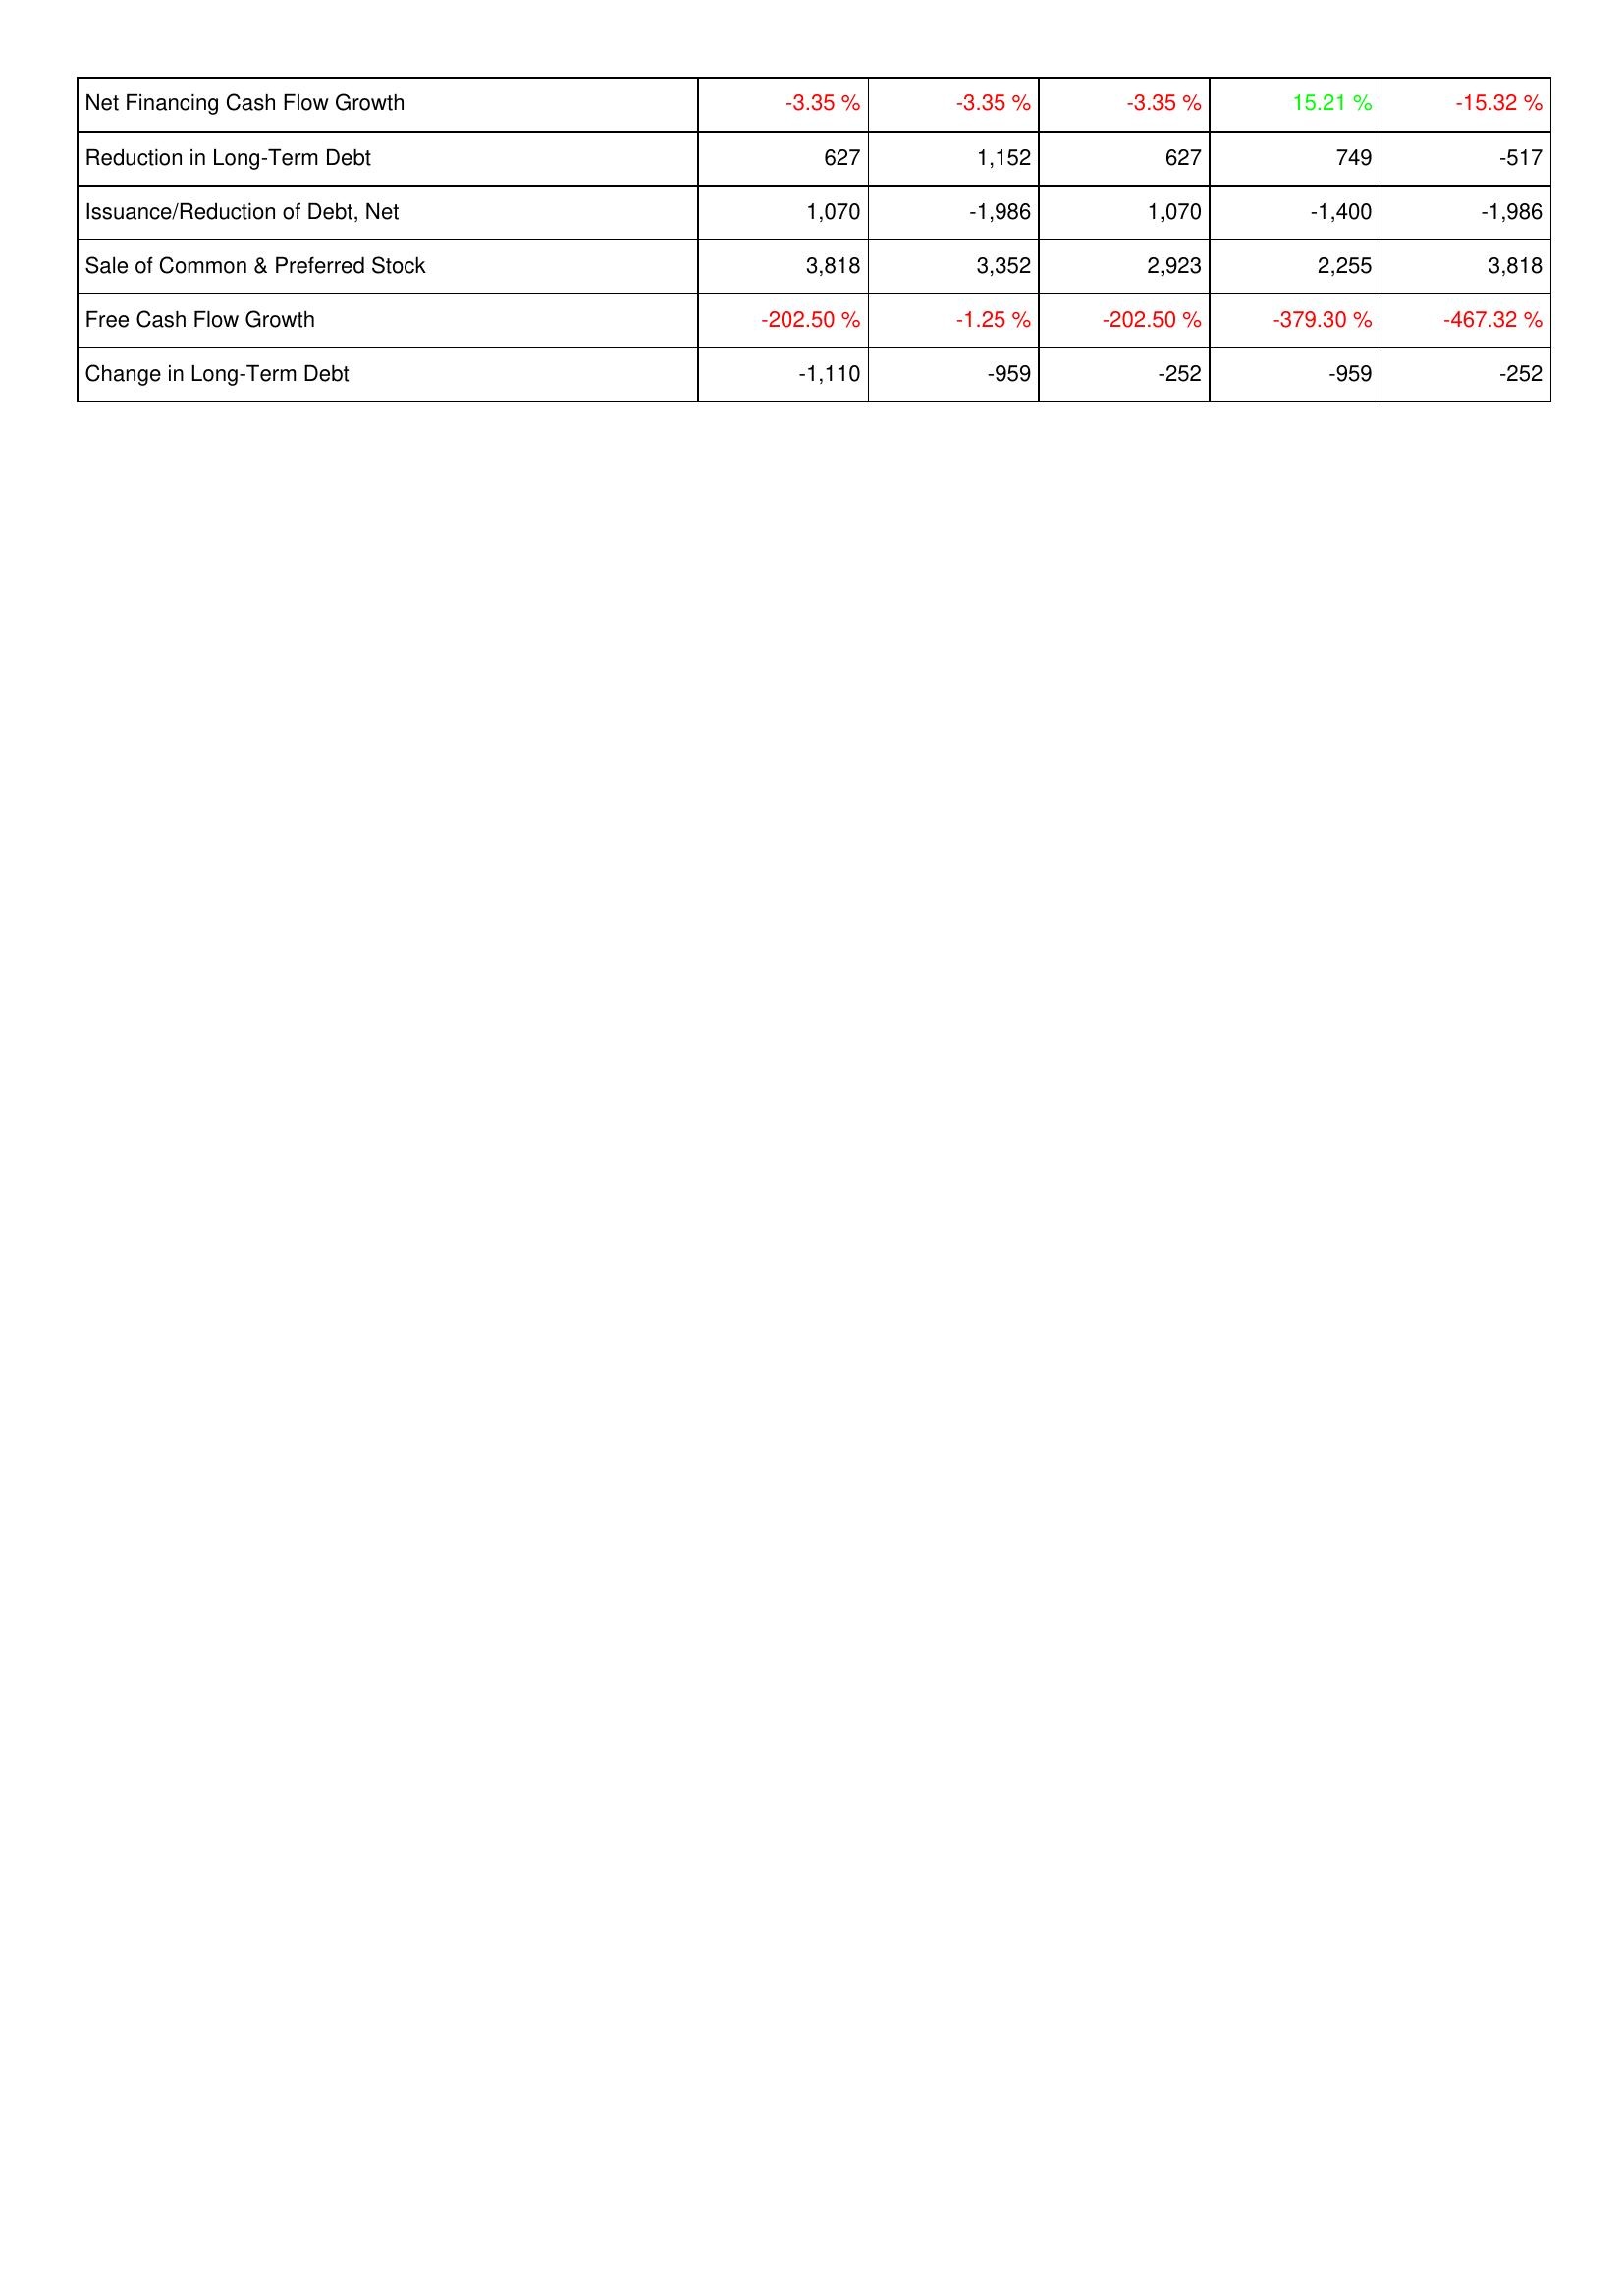
2017: Financing Activities: Net Financing Cash Flow Growth: -3.35 %
Reduction in Long-Term Debt: 627
Issuance/Reduction of Debt, Net: 1,070
Sale of Common & Preferred Stock: 3,818
Free Cash Flow Growth: -202.50 %
Change in Long-Term Debt: -1,110
2018: Financing Activities: Net Financing Cash Flow Growth: -3.35 %
Reduction in Long-Term Debt: 1,152
Issuance/Reduction of Debt, Net: -1,986
Sale of Common & Preferred Stock: 3,352
Free Cash Flow Growth: -1.25 %
Change in Long-Term Debt: -959
2019: Financing Activities: Net Financing Cash Flow Growth: -3.35 %
Reduction in Long-Term Debt: 627
Issuance/Reduction of Debt, Net: 1,070
Sale of Common & Preferred Stock: 2,923
Free Cash Flow Growth: -202.50 %
Change in Long-Term Debt: -252
2020: Financing Activities: Net Financing Cash Flow Growth: 15.21 %
Reduction in Long-Term Debt: 749
Issuance/Reduction of Debt, Net: -1,400
Sale of Common & Preferred Stock: 2,255
Free Cash Flow Growth: -379.30 %
Change in Long-Term Debt: -959
2021: Financing Activities: Net Financing Cash Flow Growth: -15.32 %
Reduction in Long-Term Debt: -517
Issuance/Reduction of Debt, Net: -1,986
Sale of Common & Preferred Stock: 3,818
Free Cash Flow Growth: -467.32 %
Change in Long-Term Debt: -252